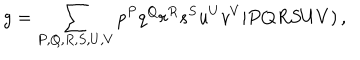
LaTeX: g = \sum _ { P , Q , R , S , U , V } p ^ { P } q ^ { Q } r ^ { R } s ^ { S } u ^ { U } v ^ { V } \vert P Q R S U V ) \, ,